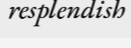
resplendish